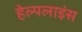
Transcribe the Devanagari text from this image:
हेल्पलाइंस